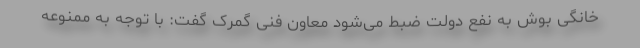
خانگی بوش به نفع دولت ضبط می‌شود معاون فنی گمرک گفت: با توجه به ممنوعه